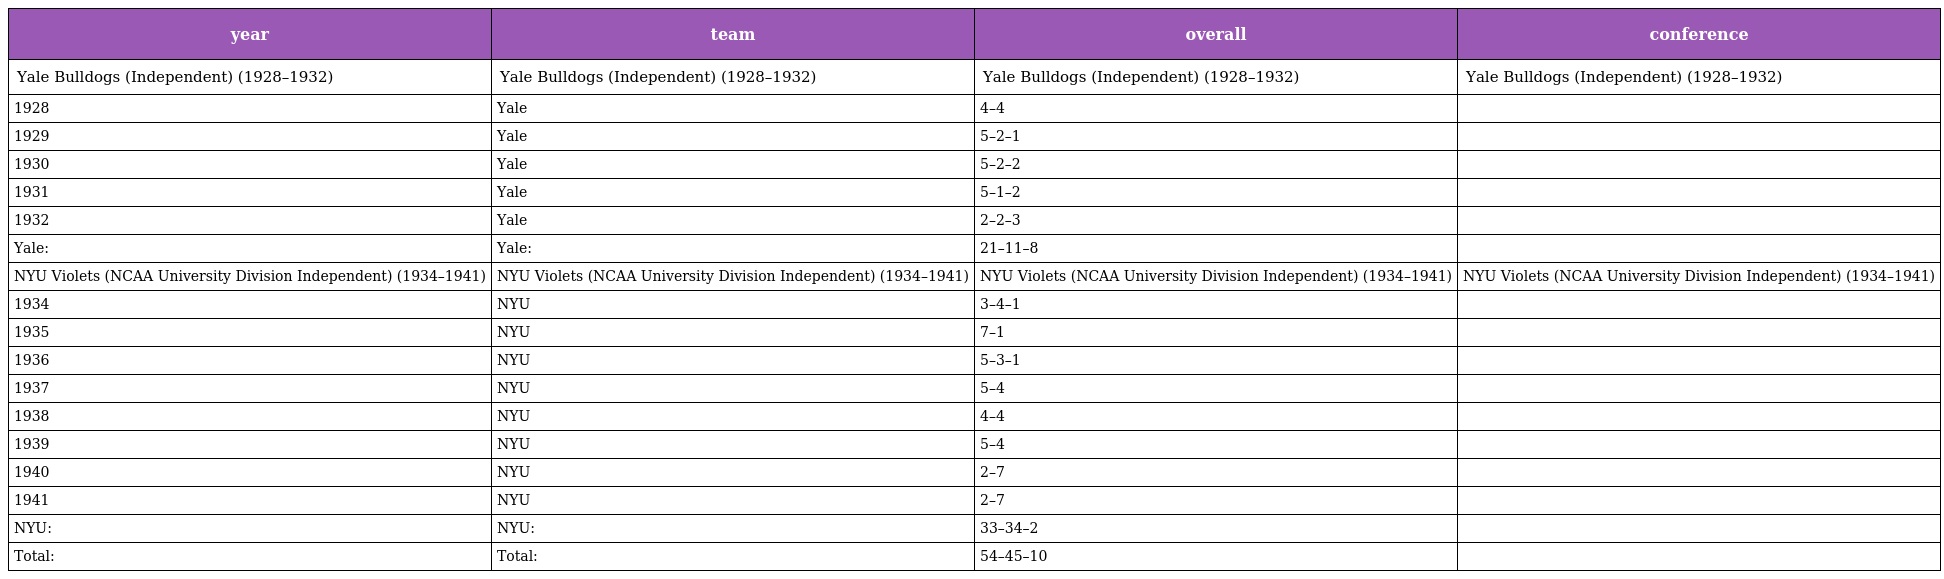
| year | team | overall | conference |
 | --- | --- | --- | --- |
 | Yale Bulldogs (Independent) (1928–1932) | Yale Bulldogs (Independent) (1928–1932) | Yale Bulldogs (Independent) (1928–1932) | Yale Bulldogs (Independent) (1928–1932) |
 | 1928 | Yale | 4–4 |  |
 | 1929 | Yale | 5–2–1 |  |
 | 1930 | Yale | 5–2–2 |  |
 | 1931 | Yale | 5–1–2 |  |
 | 1932 | Yale | 2–2–3 |  |
 | Yale: | Yale: | 21–11–8 |  |
 | NYU Violets (NCAA University Division Independent) (1934–1941) | NYU Violets (NCAA University Division Independent) (1934–1941) | NYU Violets (NCAA University Division Independent) (1934–1941) | NYU Violets (NCAA University Division Independent) (1934–1941) |
 | 1934 | NYU | 3–4–1 |  |
 | 1935 | NYU | 7–1 |  |
 | 1936 | NYU | 5–3–1 |  |
 | 1937 | NYU | 5–4 |  |
 | 1938 | NYU | 4–4 |  |
 | 1939 | NYU | 5–4 |  |
 | 1940 | NYU | 2–7 |  |
 | 1941 | NYU | 2–7 |  |
 | NYU: | NYU: | 33–34–2 |  |
 | Total: | Total: | 54–45–10 |  |